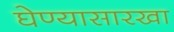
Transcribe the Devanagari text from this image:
घेण्यासारखा